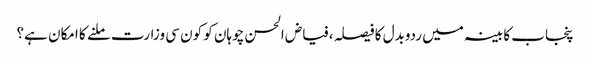
﻿ پنجاب کابینہ میں ردوبدل کا فیصلہ ،فیاض الحسن چوہان کو کون سی وزارت ملنے کا امکان ہے؟